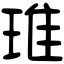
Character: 琟